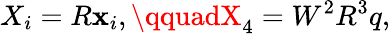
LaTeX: X_{i}=R\mathbf{x}_{i},\qquadX_{4}=W^{2}R^{3}q,